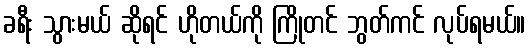
ခရီး သွားမယ် ဆိုရင် ဟိုတယ်ကို ကြိုတင် ဘွတ်ကင် လုပ်ရမယ်။